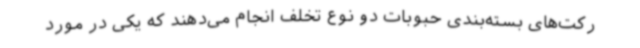
رکت‌های بسته‌بندی حبوبات دو نوع تخلف انجام می‌دهند که یکی در مورد